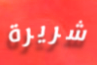
شريرة